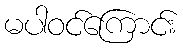
မပါဝင်ကြောင်း